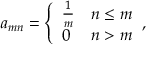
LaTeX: a _ { m n } = { \left\{ \begin{array} { l l } { { \frac { 1 } { m } } } & { n \leq m } \\ { 0 } & { n > m } \end{array} \right. } ,